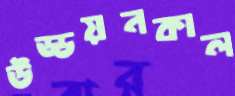
উড্ডয়নকাল